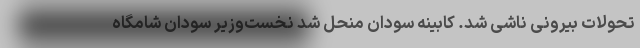
تحولات بیرونی ناشی شد. کابینه سودان منحل شد نخست‌وزیر سودان شامگاه